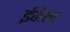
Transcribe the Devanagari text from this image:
ईमेलः